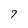
Character: 7